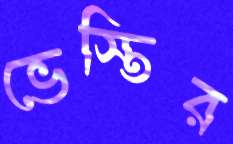
ভেস্তির